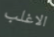
الاغلب